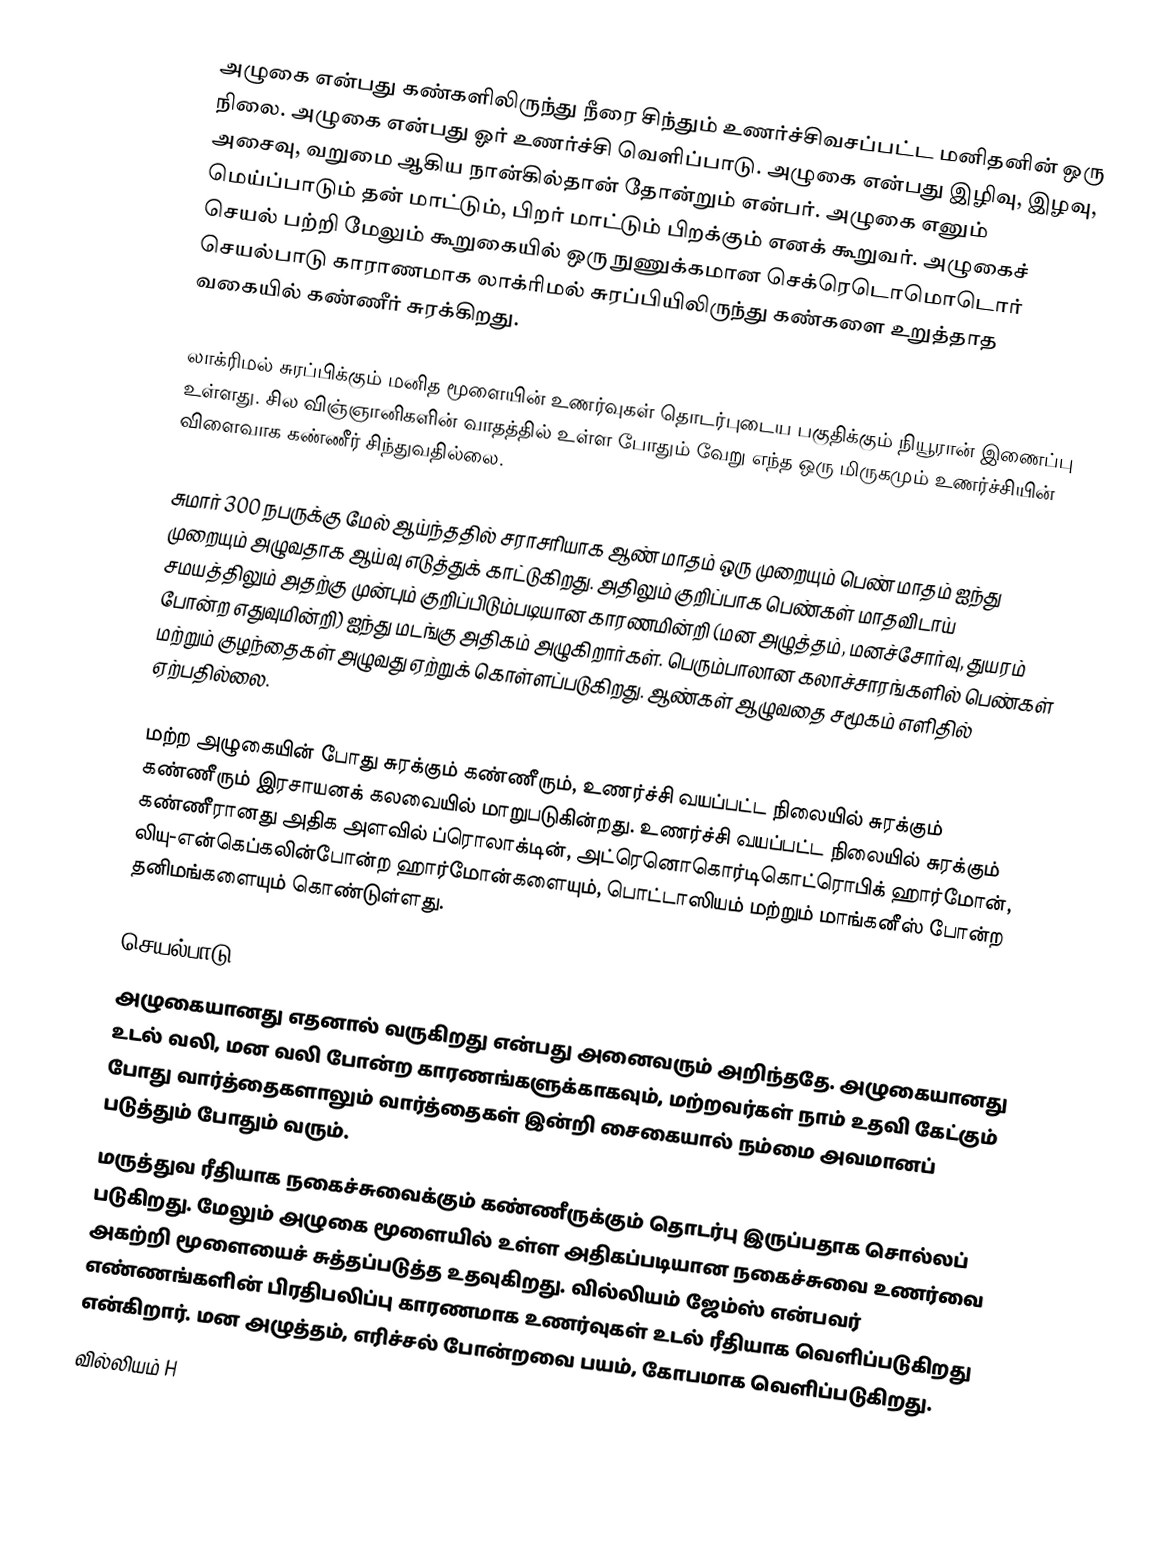
அழுகை என்பது கண்களிலிருந்து நீரை சிந்தும் உணர்ச்சிவசப்பட்ட மனிதனின் ஒரு நிலை. அழுகை என்பது ஓர் உணர்ச்சி வெளிப்பாடு. அழுகை என்பது இழிவு, இழவு, அசைவு, வறுமை ஆகிய நான்கில்தான் தோன்றும் என்பர். அழுகை எனும் மெய்ப்பாடும் தன் மாட்டும், பிறர் மாட்டும் பிறக்கும் எனக் கூறுவர். அழுகைச் செயல் பற்றி மேலும் கூறுகையில் ஒரு நுணுக்கமான செக்ரெடொமொடொர் செயல்பாடு காராணமாக லாக்ரிமல் சுரப்பியிலிருந்து கண்களை உறுத்தாத வகையில் கண்ணீர் சுரக்கிறது.

லாக்ரிமல் சுரப்பிக்கும் மனித மூளையின் உணர்வுகள் தொடர்புடைய பகுதிக்கும் நியூரான் இணைப்பு உள்ளது. சில விஞ்ஞானிகளின் வாதத்தில் உள்ள போதும் வேறு எந்த ஒரு மிருகமும் உணர்ச்சியின் விளைவாக கண்ணீர் சிந்துவதில்லை.

சுமார் 300 நபருக்கு மேல் ஆய்ந்ததில் சராசரியாக ஆண் மாதம் ஒரு முறையும் பெண் மாதம் ஐந்து முறையும் அழுவதாக ஆய்வு எடுத்துக் காட்டுகிறது. அதிலும் குறிப்பாக பெண்கள் மாதவிடாய் சமயத்திலும் அதற்கு முன்பும் குறிப்பிடும்படியான காரணமின்றி (மன அழுத்தம், மனச்சோர்வு, துயரம் போன்ற எதுவுமின்றி) ஐந்து மடங்கு அதிகம் அழுகிறார்கள். பெரும்பாலான கலாச்சாரங்களில் பெண்கள் மற்றும் குழந்தைகள் அழுவது ஏற்றுக் கொள்ளப்படுகிறது. ஆண்கள் ஆழுவதை சமூகம் எளிதில் ஏற்பதில்லை.

மற்ற அழுகையின் போது சுரக்கும் கண்ணீரும், உணர்ச்சி வயப்பட்ட நிலையில் சுரக்கும் கண்ணீரும் இரசாயனக் கலவையில் மாறுபடுகின்றது. உணர்ச்சி வயப்பட்ட நிலையில் சுரக்கும் கண்ணீரானது அதிக அளவில் ப்ரொலாக்டின், அட்ரெனொகொர்டிகொட்ரொபிக் ஹார்மோன், லியு-என்கெப்கலின்போன்ற ஹார்மோன்களையும், பொட்டாஸியம் மற்றும் மாங்கனீஸ் போன்ற தனிமங்களையும் கொண்டுள்ளது.

செயல்பாடு
அழுகையானது எதனால் வருகிறது என்பது அனைவரும் அறிந்ததே. அழுகையானது உடல் வலி, மன வலி போன்ற காரணங்களுக்காகவும், மற்றவர்கள் நாம் உதவி கேட்கும் போது வார்த்தைகளாலும் வார்த்தைகள் இன்றி சைகையால் நம்மை அவமானப் படுத்தும் போதும் வரும்.
மருத்துவ ரீதியாக நகைச்சுவைக்கும் கண்ணீருக்கும் தொடர்பு இருப்பதாக சொல்லப் படுகிறது. மேலும் அழுகை மூளையில் உள்ள அதிகப்படியான நகைச்சுவை உணர்வை அகற்றி மூளையைச் சுத்தப்படுத்த உதவுகிறது. வில்லியம் ஜேம்ஸ் என்பவர் எண்ணங்களின் பிரதிபலிப்பு காரணமாக உணர்வுகள் உடல் ரீதியாக வெளிப்படுகிறது என்கிறார். மன அழுத்தம், எரிச்சல் போன்றவை பயம், கோபமாக வெளிப்படுகிறது.
வில்லியம் H